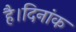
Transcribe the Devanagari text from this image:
है।दिनांक